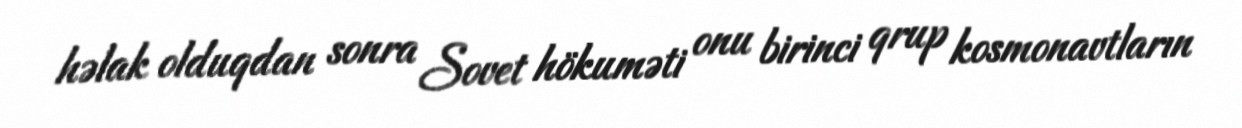
həlak olduqdan sonra Sovet hökuməti onu birinci qrup kosmonavtların